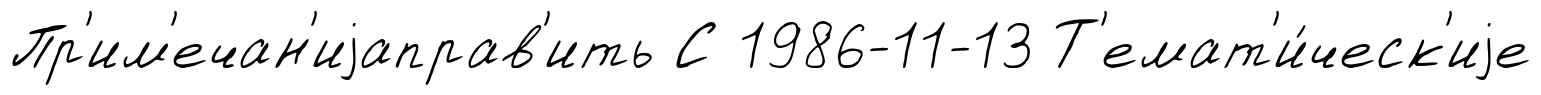
Пр'им'ечан'иjаправ'ить С 1986-11-13 Т'емат'и́ческ'иjе